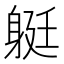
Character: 𨉈